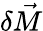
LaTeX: \delta\vec{M}